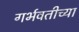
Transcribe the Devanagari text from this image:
गर्भवतीच्या